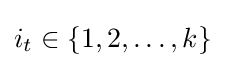
i_{t}\in \{1,2,\ldots ,k\}